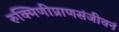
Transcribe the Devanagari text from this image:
रुक्मिणीप्राणसंजीवनं